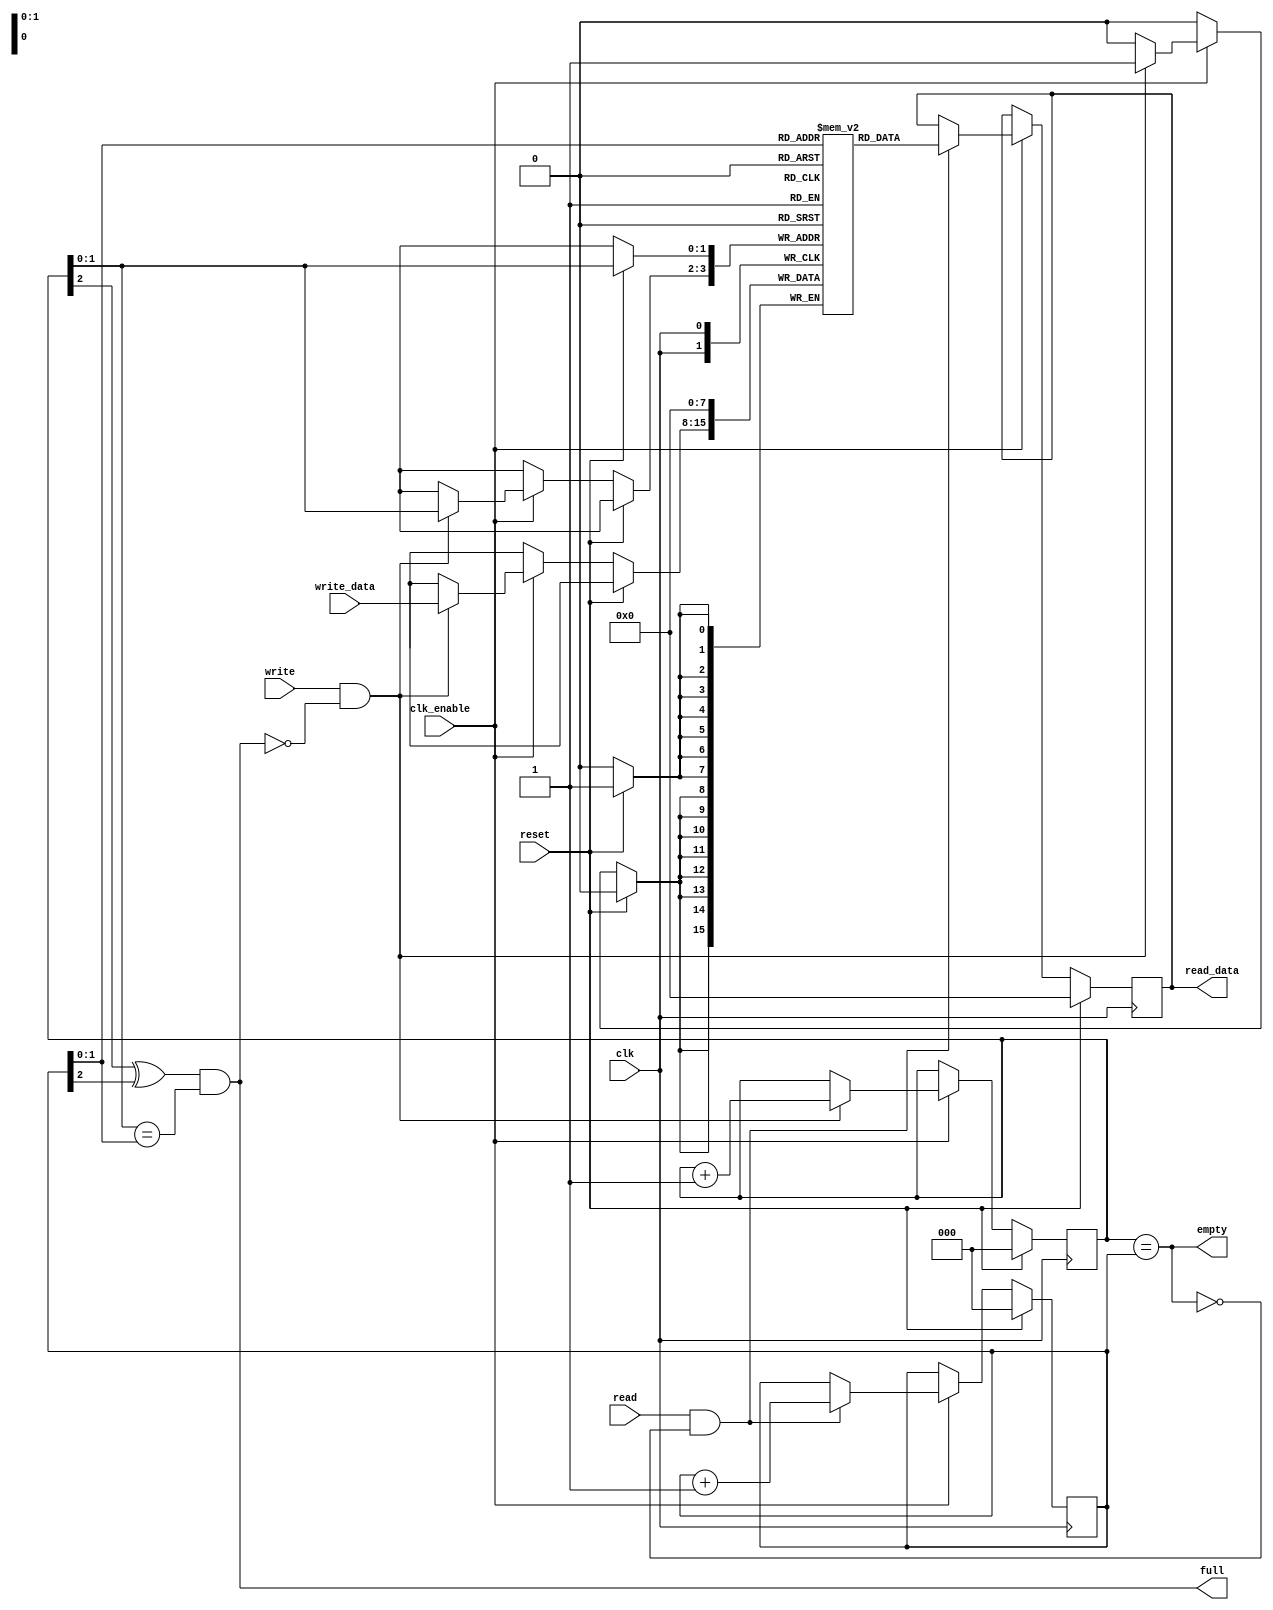
// This program was cloned from: https://github.com/DigitalDesignSchool/ce2020labs
// License: MIT License

module fifo_simple
#(
  parameter   FIFO_DEPTH      = 4,
              FIFO_DATA_WIDTH = 8
)
(
  input                            clk,
  input                            clk_enable,
  input                            reset,

  input                            write,
  input                            read,

  input      [FIFO_DATA_WIDTH-1:0] write_data,
  output reg [FIFO_DATA_WIDTH-1:0] read_data,

  output                           empty,
  output                           full
);

  localparam  FIFO_PTR_WIDTH  = $clog2(FIFO_DEPTH) + 1;
  
  reg [FIFO_DATA_WIDTH-1:0] fifo_array [FIFO_DEPTH-1:0];

  reg [FIFO_PTR_WIDTH-1:0]  rd_ptr;
  reg [FIFO_PTR_WIDTH-1:0]  wr_ptr;

  //------------------------------------------------
  // Write Pointer Logic
  //------------------------------------------------
  always @ (posedge clk)
  begin
    if (reset)
      wr_ptr <= {FIFO_PTR_WIDTH{1'b0}};
    else if (clk_enable)
      if (write & !full)
        wr_ptr <= wr_ptr + 1'b1;
  end

  //------------------------------------------------
  // Read Pointer Logic
  //------------------------------------------------
  always @ (posedge clk)
  begin
    if (reset)
      rd_ptr <= {FIFO_PTR_WIDTH{1'b0}};
    else if (clk_enable)
      if (read & !empty)
        rd_ptr <= rd_ptr + 1'b1;
  end

  //------------------------------------------------
  // Full and Empty flags
  //------------------------------------------------
  assign full = (wr_ptr[FIFO_PTR_WIDTH-1] ^ rd_ptr[FIFO_PTR_WIDTH-1]) & 
                (wr_ptr[FIFO_PTR_WIDTH-2:0] == rd_ptr[FIFO_PTR_WIDTH-2:0]);
  assign empty = (wr_ptr == rd_ptr);

  //-----------------------------------------------
  // FIFO Write
  //-----------------------------------------------
  always @ (posedge clk)
  begin
    if (reset)
      fifo_array[wr_ptr] <= {FIFO_DATA_WIDTH{1'b0}};
    else if (clk_enable)
      if (write & !full)
        fifo_array[wr_ptr] <= write_data;
  end

  //-----------------------------------------------
  // FIFO Read
  //-----------------------------------------------
  always @ (posedge clk)
  begin
    if (reset)
      read_data <= {FIFO_DATA_WIDTH{1'b0}};
    else if (clk_enable)
      if (read & !empty)
        read_data <= fifo_array[rd_ptr];
  end

endmodule